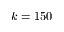
k = 1 5 0